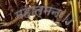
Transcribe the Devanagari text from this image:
महात्मनः।।